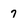
Character: 7